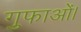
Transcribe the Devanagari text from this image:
गुफाओं।